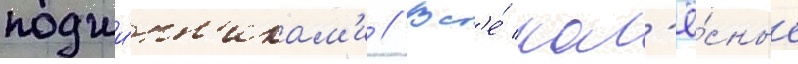
подши́пн'икам'и // Вс'е́ кол'ё́сные